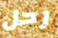
رحل